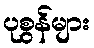
ပုစွန်များ